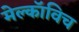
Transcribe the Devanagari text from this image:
मेल्काॅविच